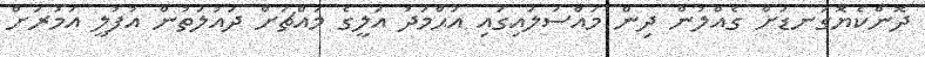
ދޮންކެޔޮގަނޑަށް ގެއްލުން ދިން މައްސަލައިގައި އަޙްމަދު އަލީގެ މައްޗަށް ދައުލަތުން އުފުލީ އަމުރަށް